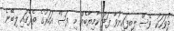
ދުވަހަކު ވެސް ލިބިފައިނުވާ ފަދަ ކާމިޔާބެއް މި ފަސް އަހަރުގެ ތެރޭގައި ލިބޭނެ